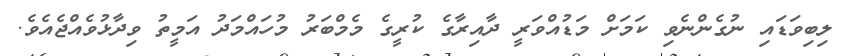
ލިބިވަޑައި ނުގެންނެވި ކަމަށް މަޑުއްވަރީ ދާއިރާގެ ކުރީގެ މެމްބަރު މުހައްމަދު އަމީތު ވިދާޅުވެއްޖެއެވެ.